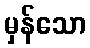
မှန်သော